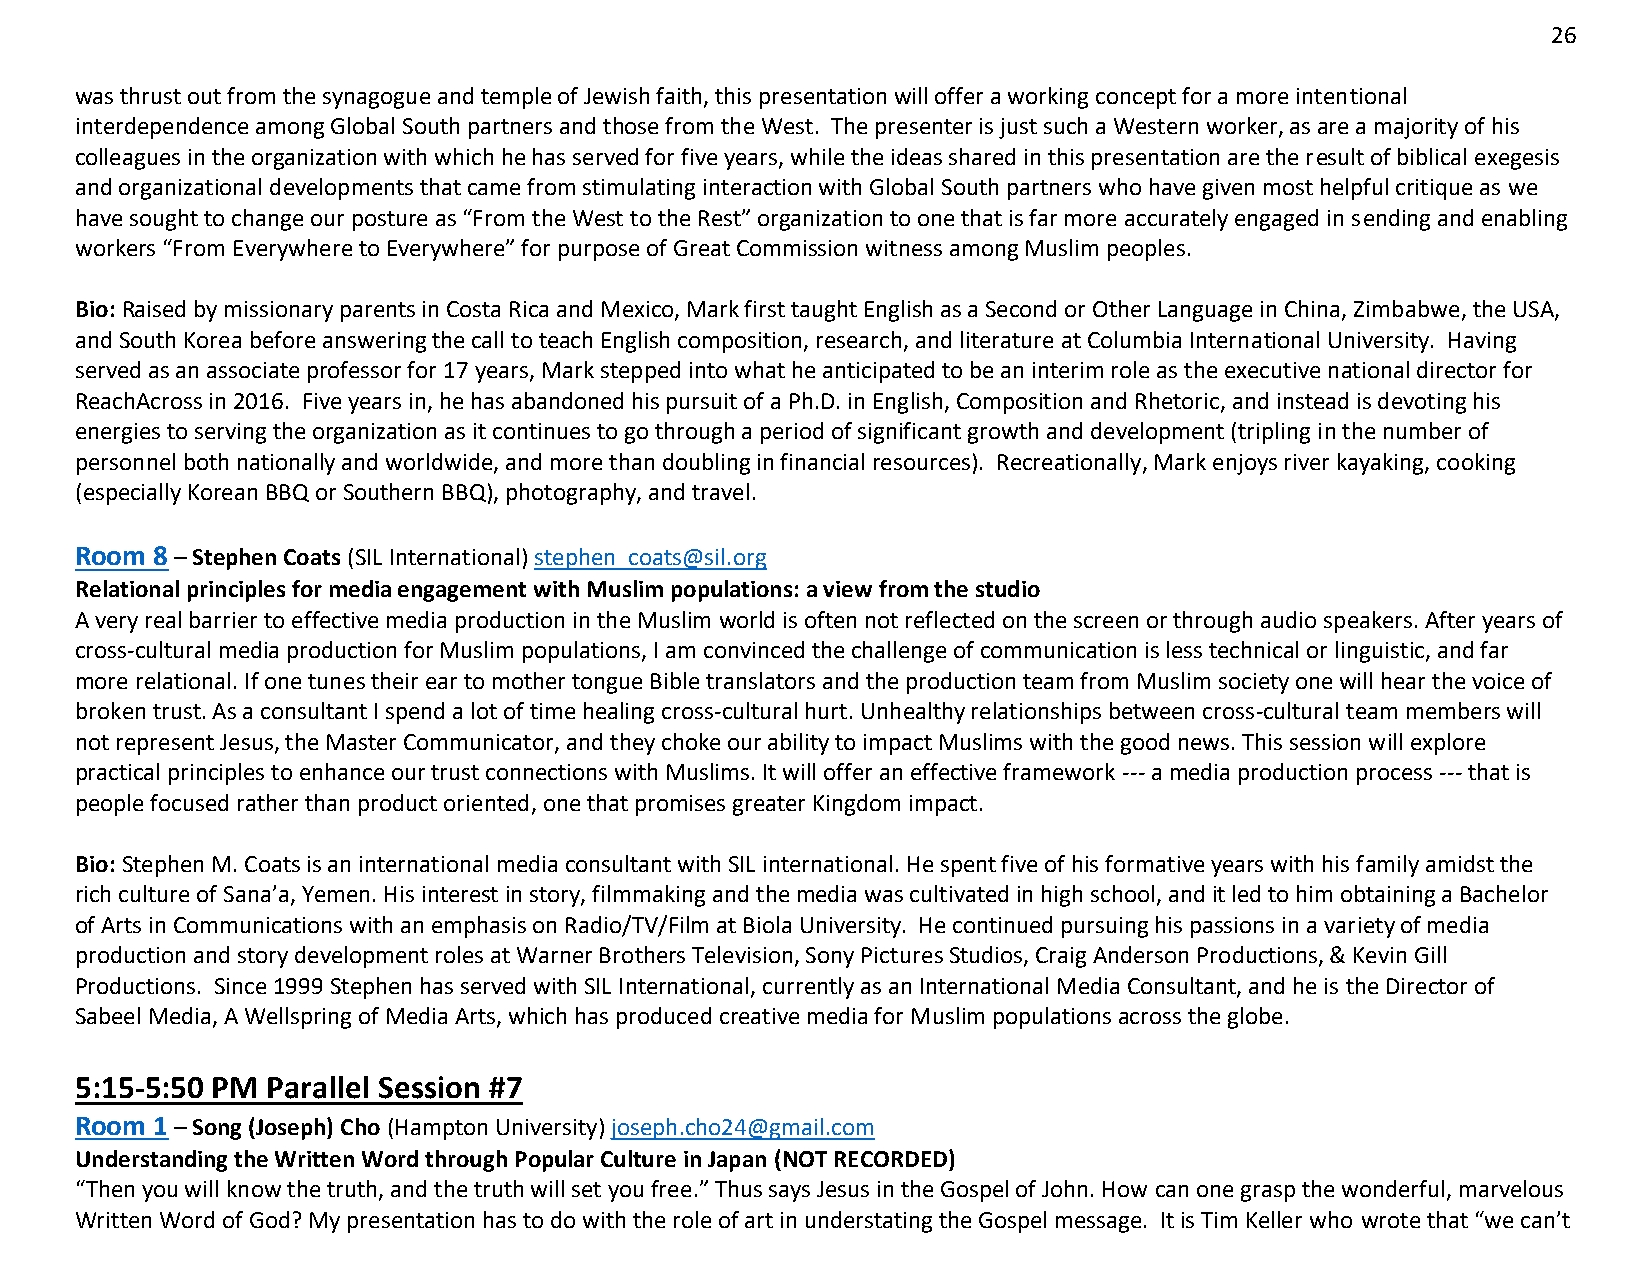
26
 was thrust out from the synagogue and temple of Jewish faith, this presentation will offer a working concept for a more intentional
 interdependence among Global South partners and those from the West. The presenter is just such a Western worker, as are a majority of his
 colleagues in the organization with which he has served for five years, while the ideas shared in this presentation are the result of biblical exegesis
 and organizational developments that came from stimulating interaction with Global South partners who have given most helpful critique as we
 have sought to change our posture as “From the West to the Rest” organization to one that is far more accurately engaged in sending and enabling
 workers “From Everywhere to Everywhere” for purpose of Great Commission witness among Muslim peoples.
 Bio: Raised by missionary parents in Costa Rica and Mexico, Mark first taught English as a Second or Other Language in China, Zimbabwe, the USA,
 and South Korea before answering the call to teach English composition, research, and literature at Columbia International University. Having
 served as an associate professor for 17 years, Mark stepped into what he anticipated to be an interim role as the executive national director for
 ReachAcross in 2016. Five years in, he has abandoned his pursuit of a Ph.D. in English, Composition and Rhetoric, and instead is devoting his
 energies to serving the organization as it continues to go through a period of significant growth and development (tripling in the number of
 personnel both nationally and worldwide, and more than doubling in financial resources). Recreationally, Mark enjoys river kayaking, cooking
 (especially Korean BBQ or Southern BBQ), photography, and travel.
 Room 8 – Stephen Coats (SIL International) stephen_coats@sil.org
 Relational principles for media engagement with Muslim populations: a view from the studio
 A very real barrier to effective media production in the Muslim world is often not reflected on the screen or through audio speakers. After years of
 cross-cultural media production for Muslim populations, I am convinced the challenge of communication is less technical or linguistic, and far
 more relational. If one tunes their ear to mother tongue Bible translators and the production team from Muslim society one will hear the voice of
 broken trust. As a consultant I spend a lot of time healing cross-cultural hurt. Unhealthy relationships between cross-cultural team members will
 not represent Jesus, the Master Communicator, and they choke our ability to impact Muslims with the good news. This session will explore
 practical principles to enhance our trust connections with Muslims. It will offer an effective framework --- a media production process --- that is
 people focused rather than product oriented, one that promises greater Kingdom impact.
 Bio: Stephen M. Coats is an international media consultant with SIL international. He spent five of his formative years with his family amidst the
 rich culture of Sana’a, Yemen. His interest in story, filmmaking and the media was cultivated in high school, and it led to him obtaining a Bachelor
 of Arts in Communications with an emphasis on Radio/TV/Film at Biola University. He continued pursuing his passions in a variety of media
 production and story development roles at Warner Brothers Television, Sony Pictures Studios, Craig Anderson Productions, & Kevin Gill
 Productions. Since 1999 Stephen has served with SIL International, currently as an International Media Consultant, and he is the Director of
 Sabeel Media, A Wellspring of Media Arts, which has produced creative media for Muslim populations across the globe.
 5:15-5:50 PM Parallel Session #7
 Room 1 – Song (Joseph) Cho (Hampton University) joseph.cho24@gmail.com
 Understanding the Written Word through Popular Culture in Japan (NOT RECORDED)
 “Then you will know the truth, and the truth will set you free.” Thus says Jesus in the Gospel of John. How can one grasp the wonderful, marvelous
 Written Word of God? My presentation has to do with the role of art in understating the Gospel message. It is Tim Keller who wrote that “we can’t